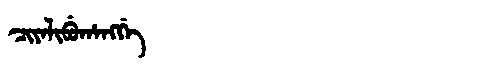
Manchu: ᠴᡳᠶᠠᠯᡳᠪᡠᡥᠠᠩᡤᡝ
Romanization: CIYALIBUHANGGE